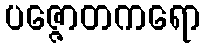
ပဇ္ဇောတကရော